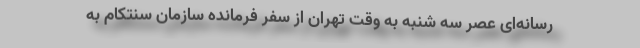
رسانه‌ای عصر سه شنبه به وقت تهران از سفر فرمانده سازمان سنتکام به